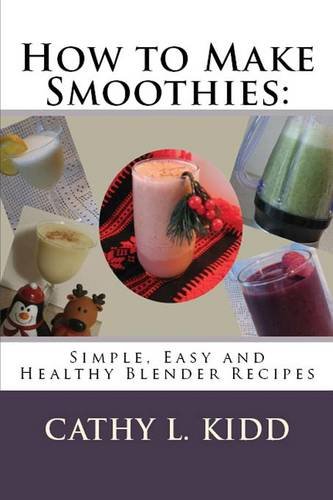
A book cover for How to Make Smoothies: Simple, Easy and Healthy Blender Recipes; Cathy Kidd; Cookbooks, Food & Wine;